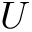
U